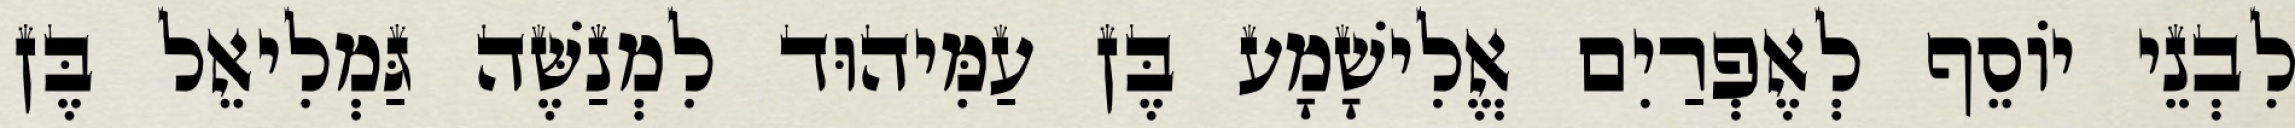
לִבְנֵי יוֹסֵף לְאֶפְרַיִם אֱלִישָׁמָע בֶּן עַמִּיהוּד לִמְנַשֶּׁה גַּמְלִיאֵל בֶּן